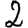
Digit: 2